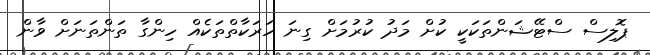
ޕޮލިސް ސްޓޭޝަންތަކަކީ ކުށް މަދު ކުރުމަށް ގިނަ ހަރަކާތްތަކެއް ހިންގާ ތަންތަނަށް ވާން